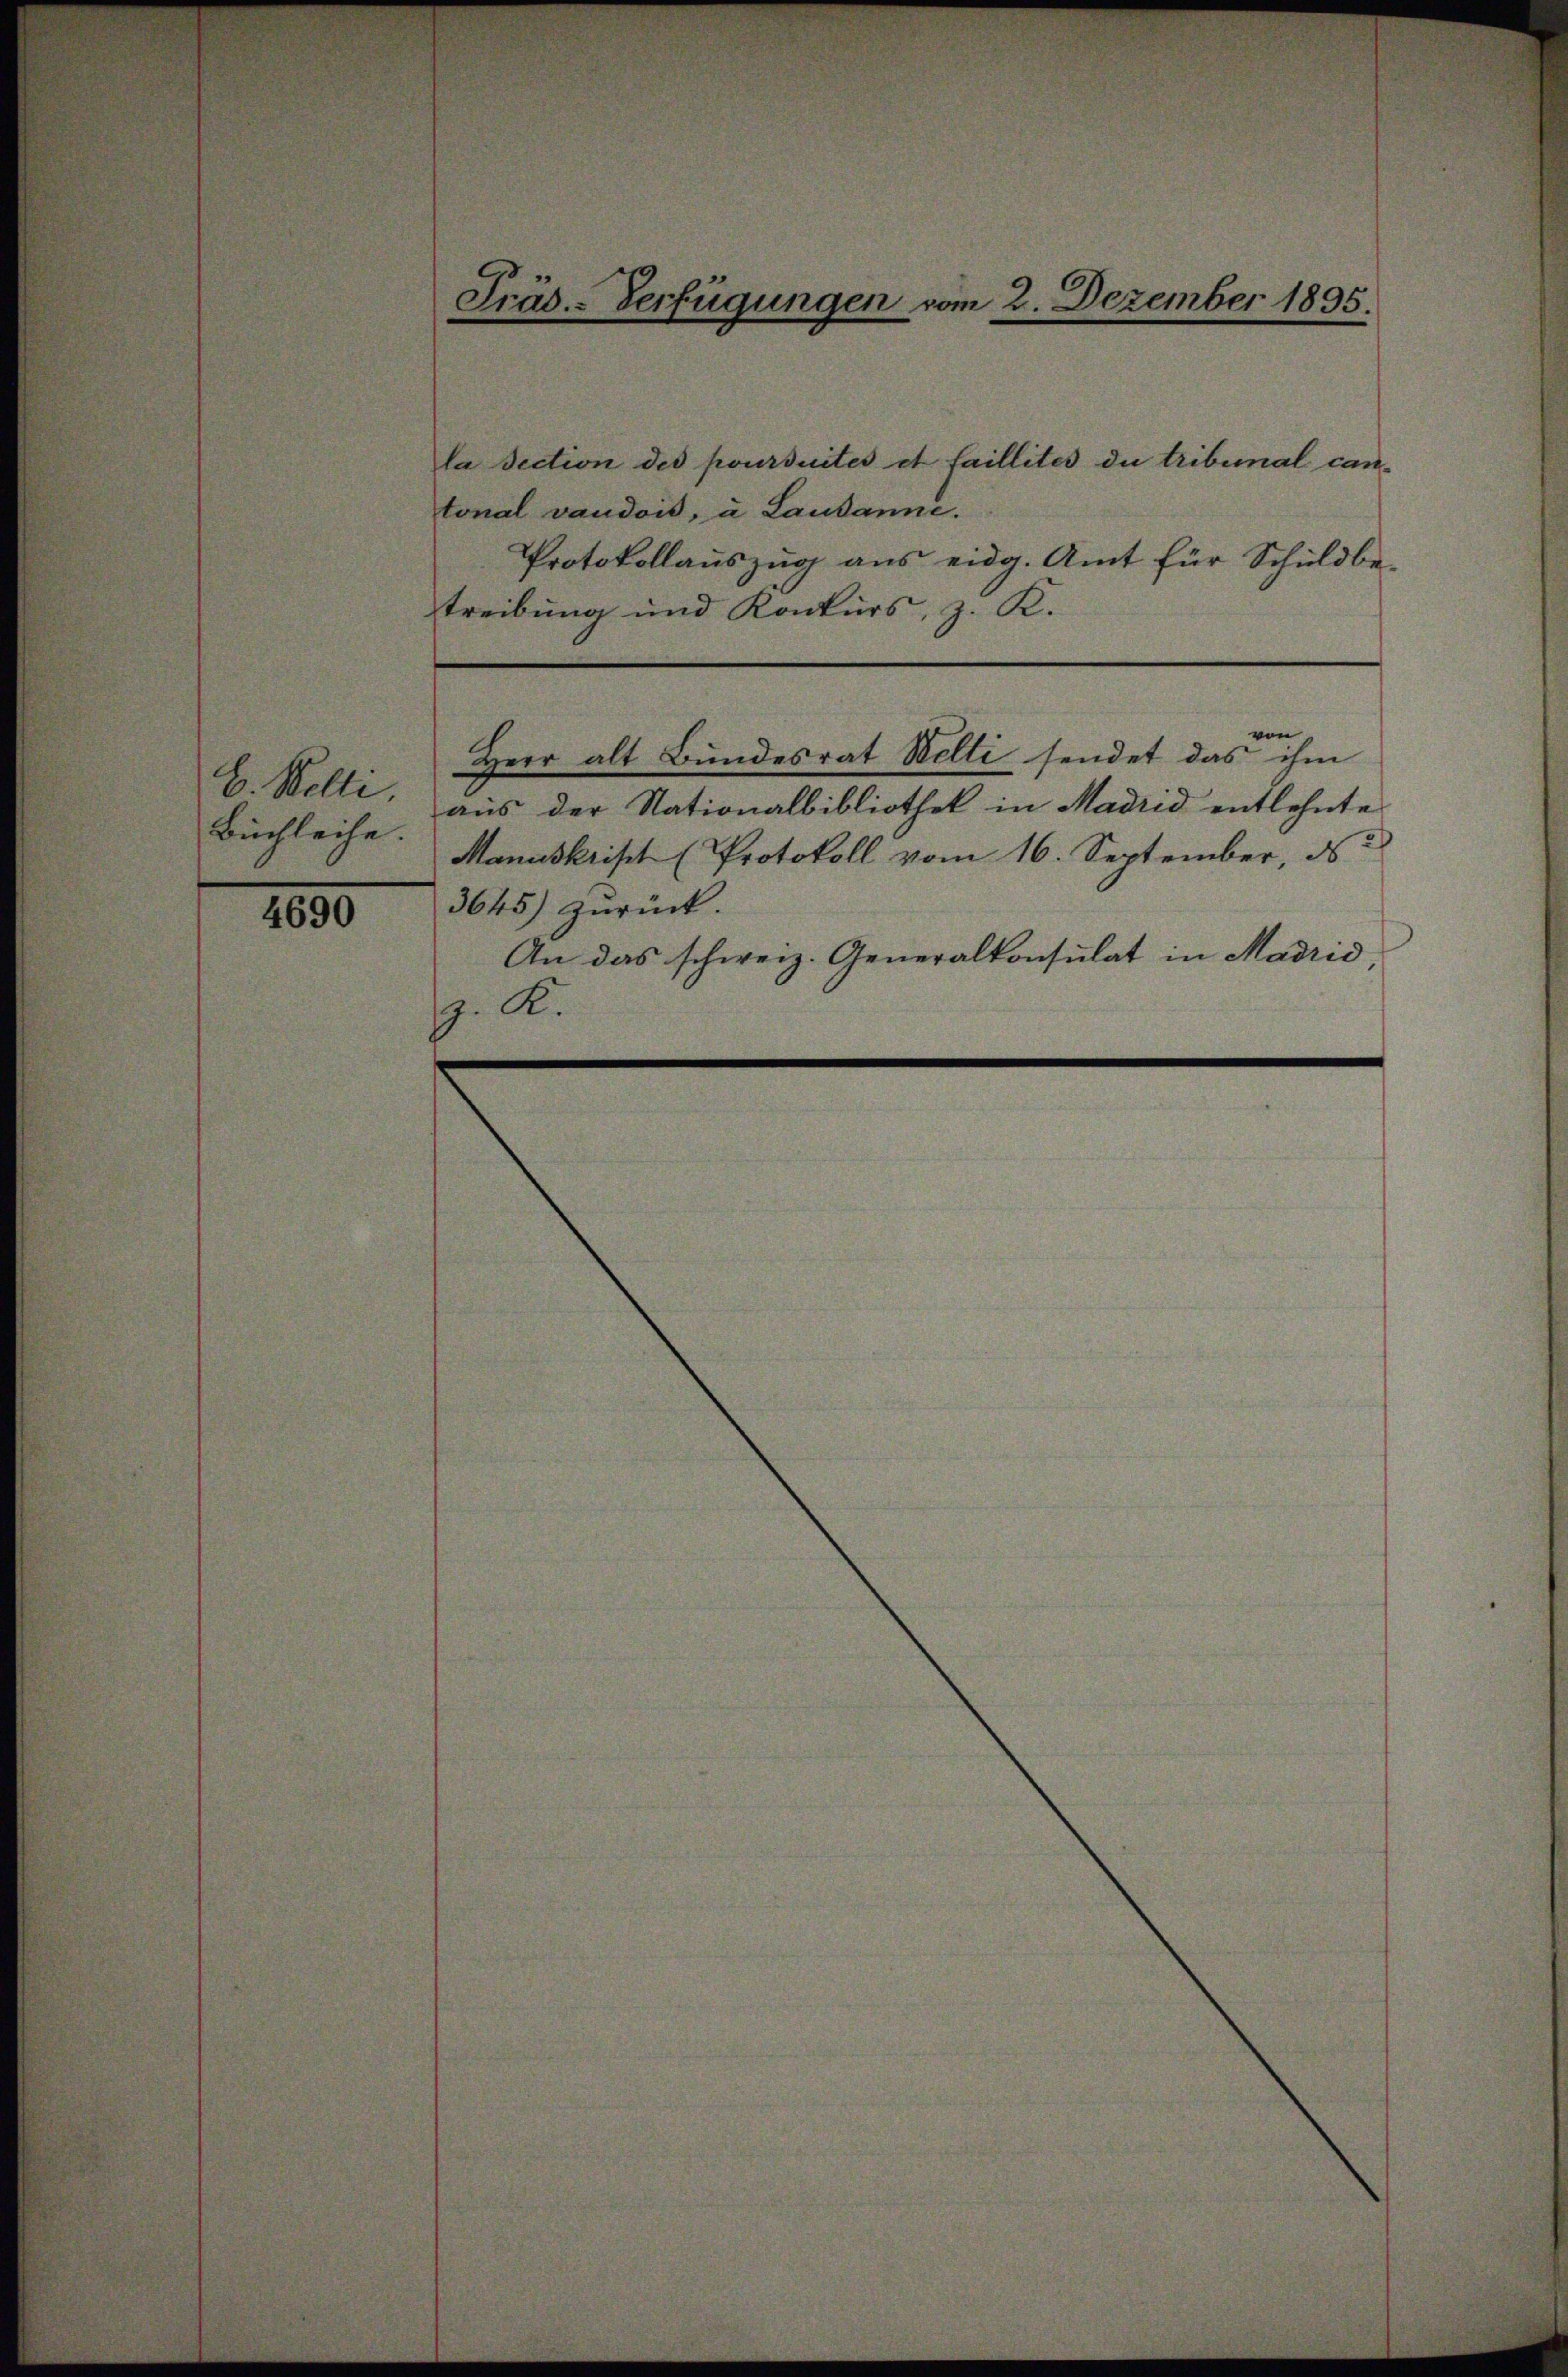
E. Belli
Buchleihe.

4690

la Section des poursuites et faillités du tribunal cantonal vaudois, u Lausanne.
Protokollauszug aus eidg. Amt für Schuldbe-
treibung und Konkurs, z. K.

Präs.-Verfügungen vom 2. Dezember 1895

3645) zurück.
An das schweiz. Generalkonsulat in Madrid,
. K.

von
Herr alt Bundesrat Welti sendet das ihm

aus der Nationalbibliothek in Madrid entlehnte
Manuskript (Protokoll vom 16. September, d